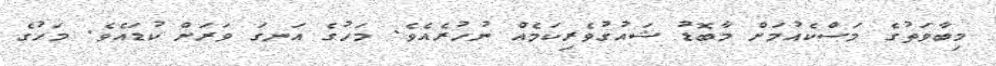
މިބާވަތުގެ މަސްކެއުމަށް މާބޮޑު ޝައުގުވެރިކަމެއް ނުހުރެއެވެ. މަހުގެ އަނގަ ވަރަށް ކުޑައެވެ. މަހުގެ